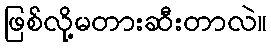
ဖြစ်လို့မတားဆီးတာလဲ။